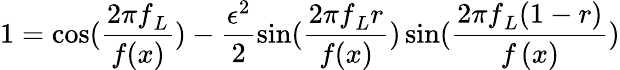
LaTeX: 1=\cos(\frac{{2\pi f}_{L}}{f(x)})-\frac{\epsilon^{2}}{2}\sin(\frac{{2\pi f}_{L}r}{f(x)})\sin(\frac{{2\pi f}_{L}(1-r)}{f\left(x\right)})